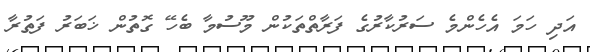
އަދި ހަމަ އެހެންމެ ސަރުކާރުގެ ފަރާތްތަކުން މޫސުމާ ބެހޭ ގޮތުން ޚަބަރު ފަތުރާ